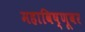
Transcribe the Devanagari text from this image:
महाविष्णूवर